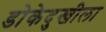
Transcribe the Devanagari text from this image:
डोकेदुखीला